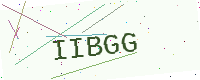
Text: IIBGG